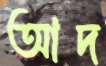
আদ